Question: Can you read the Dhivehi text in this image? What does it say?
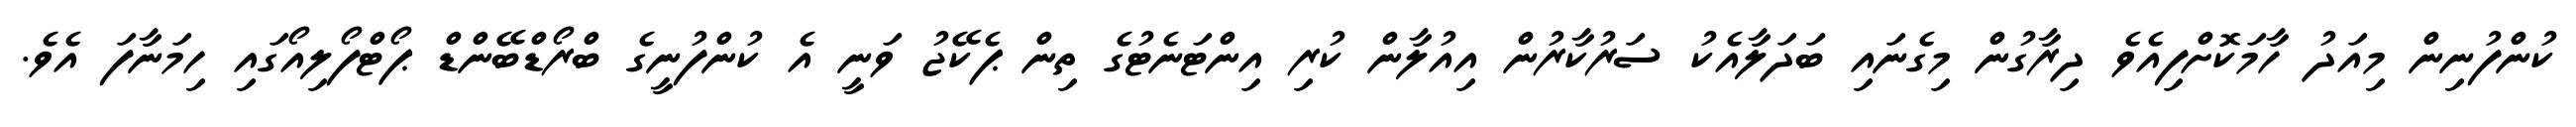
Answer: ކުންފުނިން މިއަދު ހާމަކޮށްފިއެވެ ދިރާގުން މިގެނައި ބަދަލާއެކު ސަރުކާރުން އިއުލާން ކުރި އިންޓަނެޓުގެ ތިން ޕެކޭޖު ވަނީ އެ ކުންފުނީގެ ބްރޯޑްބޭންޑް ޕޯޓްފޯލިއޯގައި ހިމަނާފަ އެވެ.